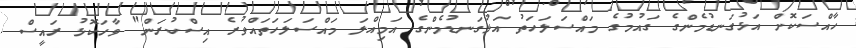
ހާއްސަކޮށް އަޅުގަނޑުމެންގެ ގައުމުގެ މައްސަލަހަތު އަޅުގަނޑުމެންގެ އަމިއްލަ މައްސަލަހަތައްވުރެ އިސްކުރަން" ވާހަކޮޅު ރައީސް